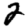
Digit: 2